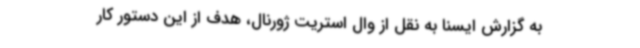
به گزارش ایسنا به نقل از وال استریت ژورنال، هدف از این دستور کار